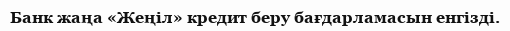
Банк жаңа «Жеңiл» кредит беру бағдарламасын енгізді.